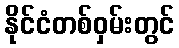
နိုင်ငံတစ်ဝှမ်းတွင်